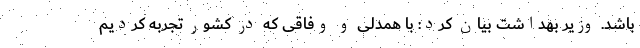
باشد. وزیر بهداشت بیان کرد: با همدلی و وفاقی که در کشور تجربه کردیم